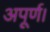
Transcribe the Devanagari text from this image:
अपूर्ण।